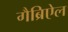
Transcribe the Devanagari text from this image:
गैब्रिऐल